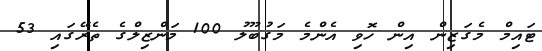
ޓައިމް މެގަޒިން އިން ހޮވި އެންމެ މަގުބޫލު 100 މަންޒިލްގެ ތެރޭގައި 53